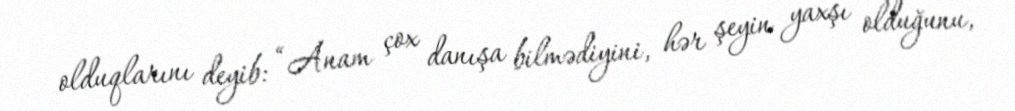
olduqlarını deyib: “Anam çox danışa bilmədiyini, hər şeyin yaxşı olduğunu,